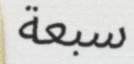
سبعة